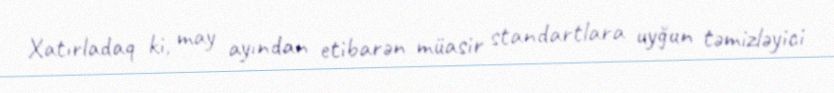
Xatırladaq ki, may ayından etibarən müasir standartlara uyğun təmizləyici